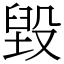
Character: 毀